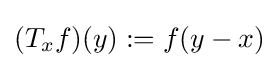
(T_{x}f)(y):=f(y-x)